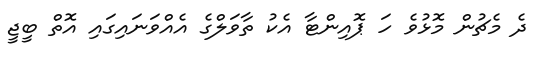
ދެ މެޗުން މޮޅުވެ ހަ ޕޮއިންޓާ އެކު ތާވަލްގެ އެއްވަނައިގައި އޮތް ބީޖީ